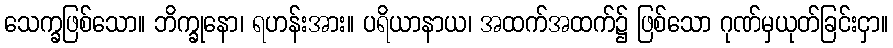
သေက္ခဖြစ်သော။ ဘိက္ခုနော၊ ရဟန်းအား။ ပရိယာနာယ၊ အထက်အထက်၌ ဖြစ်သော ဂုဏ်မှယုတ်ခြင်းငှာ။